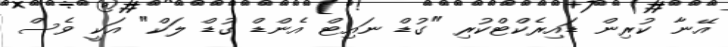
އޭނާ ކުރިން ޑައިރެކްޓްކުރި "ގުޑް ނައިޓް އެންޑް ގުޑް ލަކް" އަކީ ވެސް